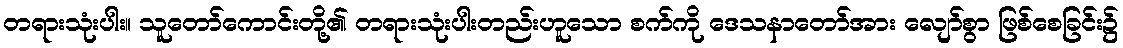
တရားသုံးပါး။ သူတော်ကောင်းတို့၏ တရားသုံးပါးတည်းဟူသော စက်ကို ဒေသနာတော်အား လျော်စွာ ဖြစ်စေခြင်း၌